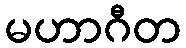
မဟာဂီတ